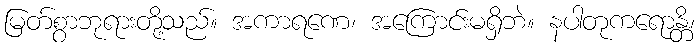
မြတ်စွာဘုရားတို့သည်။ အကာရဏေ၊ အကြောင်းမရှိဘဲ။ နပါတုကရောန္တိ၊